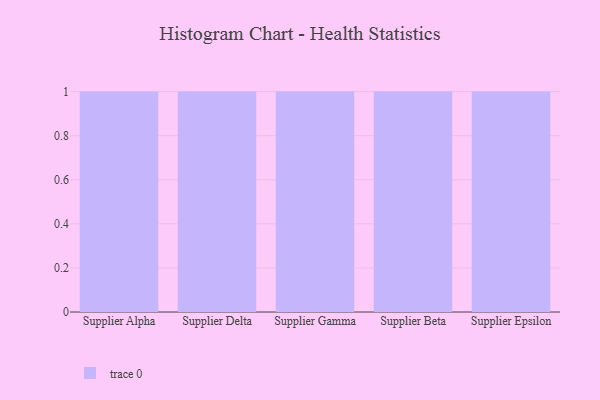
{"axis": {"x": "Supplier", "y": "Backlog"}, "legend": [""], "data": [{"x": "Supplier Alpha", "y": 100, "type": ""}, {"x": "Supplier Delta", "y": 44, "type": ""}, {"x": "Supplier Gamma", "y": 21, "type": ""}, {"x": "Supplier Beta", "y": 80, "type": ""}, {"x": "Supplier Epsilon", "y": 73, "type": ""}]}